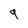
Character: 9